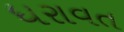
ધરાવત